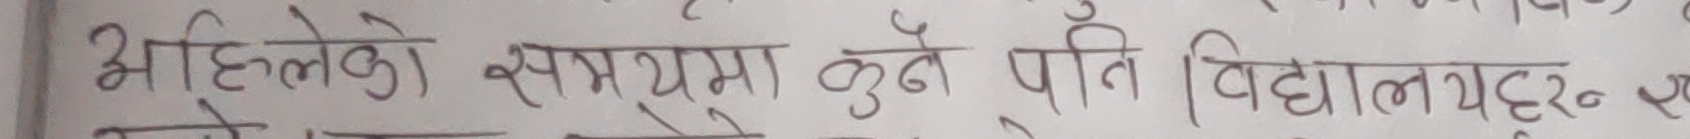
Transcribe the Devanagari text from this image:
अहिलेको समयमा कुनै पनि बिद्यालयहरु